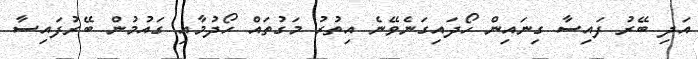
އަދި ބޭރު ފައިސާ ގިނައިން ހޯދައިގަނެވޭނެ އިތުރު މަގުތައް ހޯދުމާއި ގައުމުން ބޭރުފައިސާ